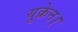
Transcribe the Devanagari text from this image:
यूक्रेन।